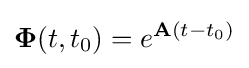
\mathbf {\Phi } (t,t_{0})=e^{\mathbf {A} (t-t_{0})}